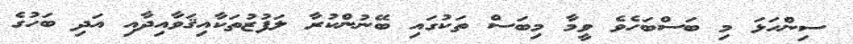
ސިންހަޅަ މި ބަސްބަހެވެ ވީމާ މިބަސް ތަކުގައި ބޭނުންކުރާ ލަފުޒުތަކާއިޤަވާއިދާއި އަދި ބަހުގެ